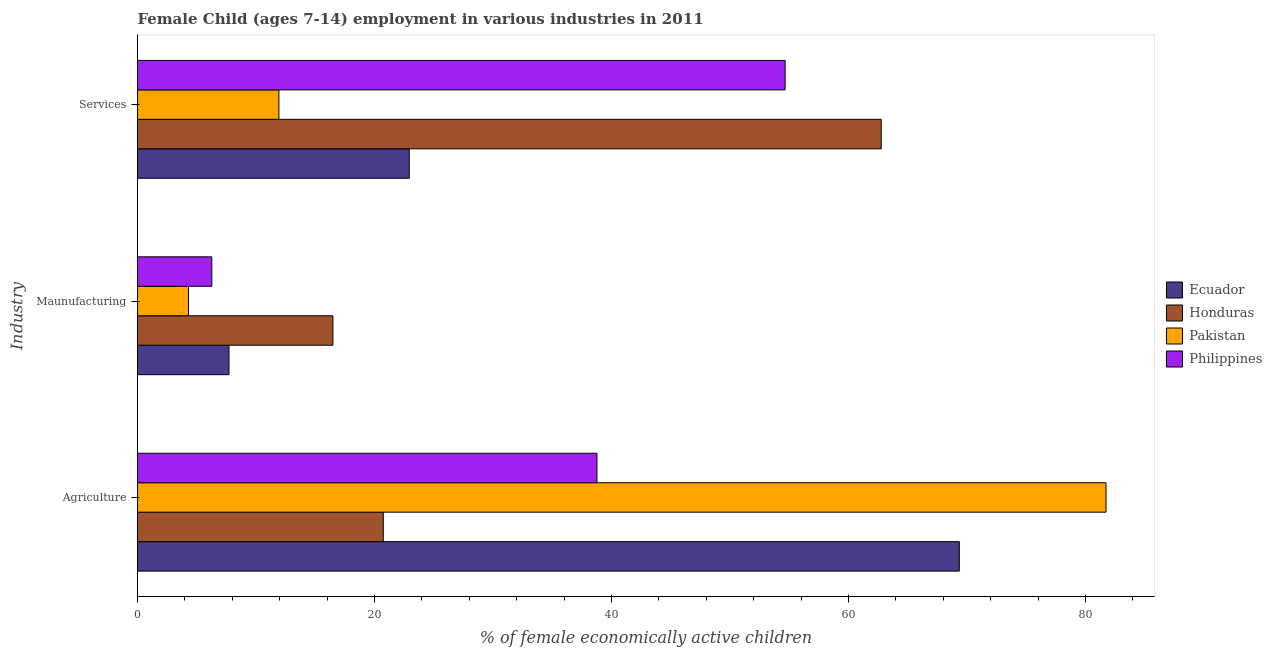
| Industry | Ecuador | Honduras | Pakistan | Philippines |
 | --- | --- | --- | --- | --- |
 | Agriculture | 69.3 | 20.7 | 81.7 | 38.8 |
 | Maunufacturing | 7.72 | 16.5 | 4.3 | 6.27 |
 | Services | 22.9 | 62.8 | 11.9 | 54.6 |